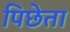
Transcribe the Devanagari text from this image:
पिछेता